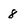
Character: 8